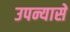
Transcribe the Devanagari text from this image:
उपन्यासें